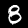
Label: 8